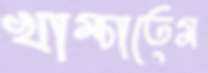
খাম্‌চাতেম